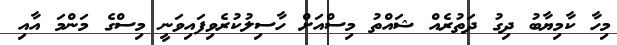
މިހާ ކާމިޔާބު ދިގު ދަތުރެއް ޝައްތު މިސްއަށް ހާސިލުކުރެވިފައިވަނީ މިސްގެ މަންމަ އާއި